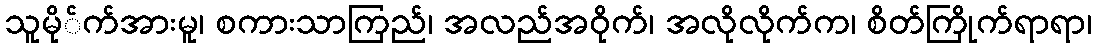
သူမို်က်အားမူ၊ စကားသာကြည်၊ အလည်အဝိုက်၊ အလိုလိုက်က၊ စိတ်ကြိုက်ရာရာ၊